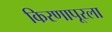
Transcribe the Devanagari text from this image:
किरणापूरला